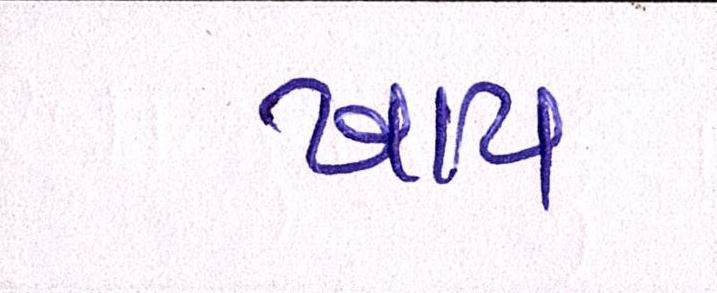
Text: ખાય